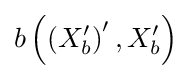
b\left(\left(X_{b}^{\prime }\right)^{\prime },X_{b}^{\prime }\right)